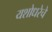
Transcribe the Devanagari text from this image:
यशोधरेचे